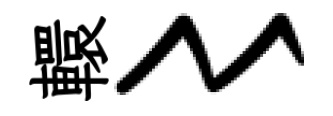
轘〻